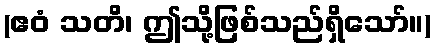
(ဧဝံ သတိ၊ ဤသို့ဖြစ်သည်ရှိသော်။)